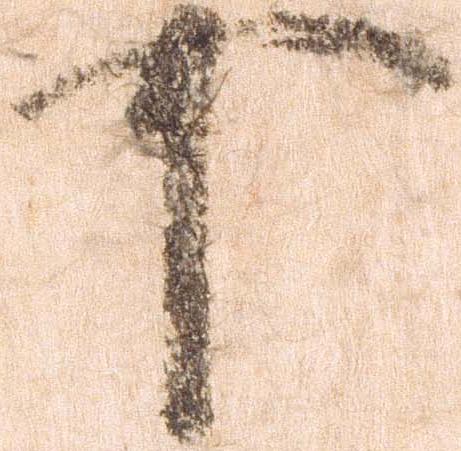
可